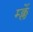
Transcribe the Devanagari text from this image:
म्क्लेँ